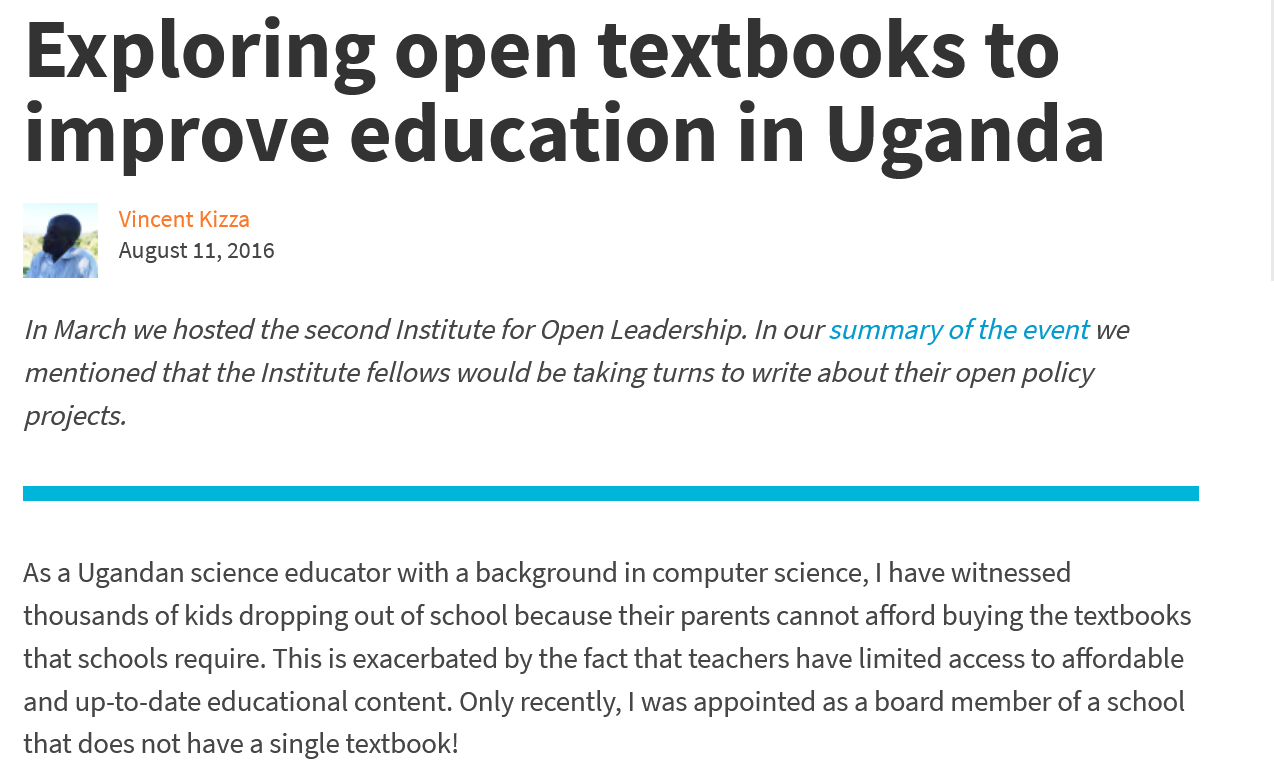
Exploring    open    textbooks    to
   improve    education    in    Uganda
     Vincent Kizza
     August 11, 2016
  In March we hosted the second Institute for Open Leadership. In our summary of the event we
  mentioned that the Institute fellows would be taking turns to write about their open policy
  projects.
  As a Ugandan science educator with a background in computer science, | have witnessed
  thousands of kids dropping out of school because their parents cannot afford buying the textbooks
  that schools require. This is exacerbated by the fact that teachers have limited access to affordable
  and up-to-date educational content. Only recently, | was appointed as a board member of a school
  that does not have a single textbook!